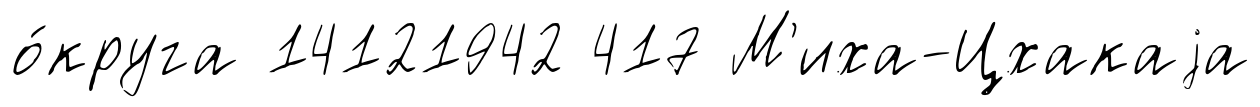
о́круга 14121942 417 М'иха-Цхакаjа